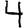
Digit: 4